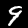
Digit: 9